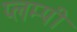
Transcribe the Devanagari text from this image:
प्लम्पी